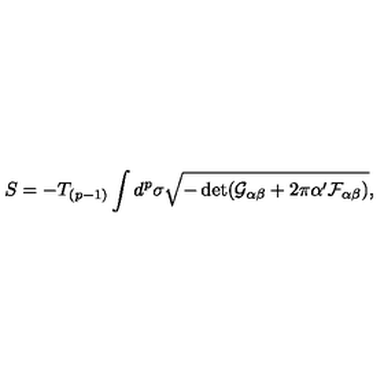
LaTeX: S = - T _ { ( p - 1 ) } \int d ^ { p } \sigma \sqrt { - \det ( \mathcal { G } _ { \alpha \beta } + 2 \pi \alpha ^ { \prime } \mathcal { F } _ { \alpha \beta } ) } ,